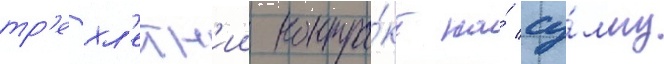
тр'ехл'етн'ии контра́кт на́ су́мму